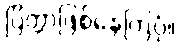
ပြိတ္တာဖြစ်နေကြပုံ။